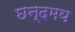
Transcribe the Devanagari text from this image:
छन्दमय